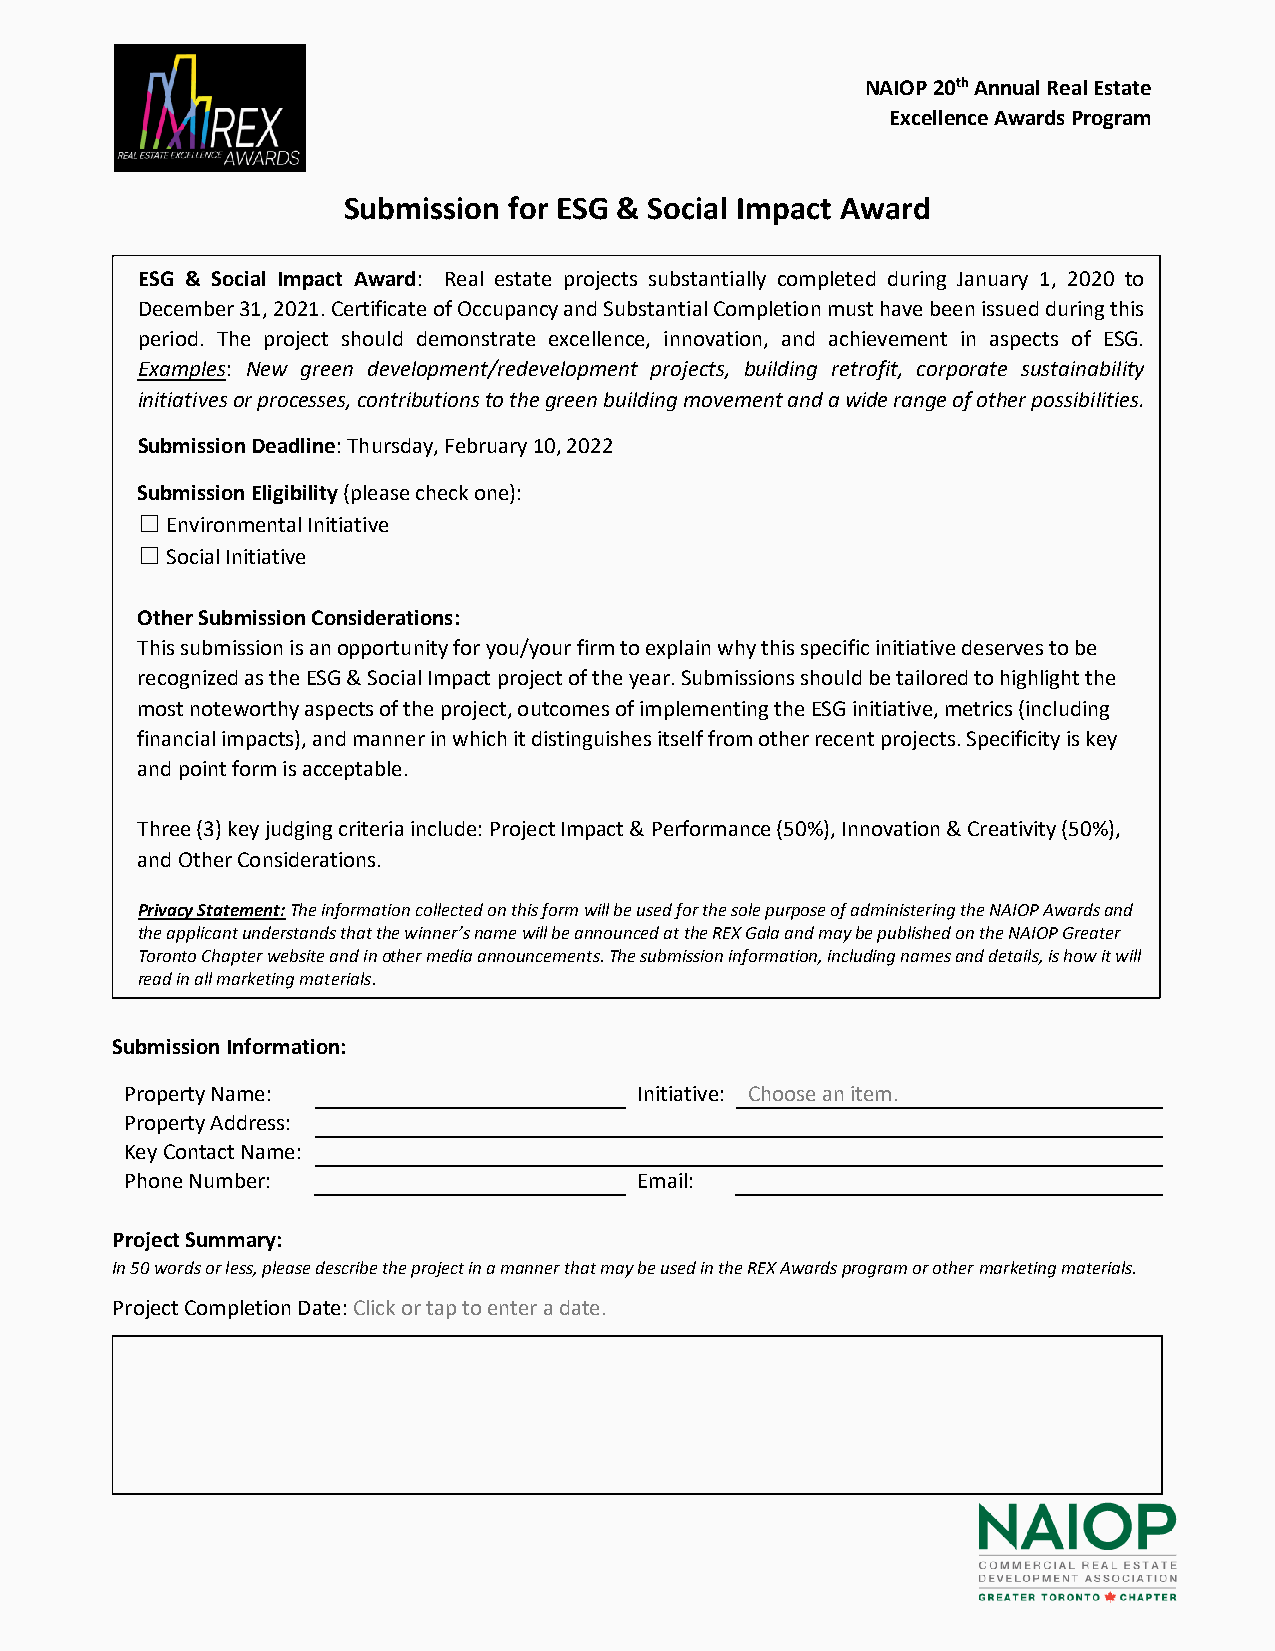
NAIOP 20th Annual Real Estate
 Excellence Awards Program
 Submission for ESG & Social Impact Award
 ESG & Social Impact Award: Real estate projects substantially completed during January 1, 2020 to
 December 31, 2021. Certificate of Occupancy and Substantial Completion must have been issued during this
 period. The project should demonstrate excellence, innovation, and achievement in aspects of ESG.
 Examples: New green development/redevelopment projects, building retrofit, corporate sustainability
 initiatives or processes, contributions to the green building movement and a wide range of other possibilities.
 Submission Deadline: Thursday, February 10, 2022
 Submission Eligibility (please check one):
 ☐ Environmental Initiative
 ☐ Social Initiative
 Other Submission Considerations:
 This submission is an opportunity for you/your firm to explain why this specific initiative deserves to be
 recognized as the ESG & Social Impact project of the year. Submissions should be tailored to highlight the
 most noteworthy aspects of the project, outcomes of implementing the ESG initiative, metrics (including
 financial impacts), and manner in which it distinguishes itself from other recent projects. Specificity is key
 and point form is acceptable.
 Three (3) key judging criteria include: Project Impact & Performance (50%), Innovation & Creativity (50%),
 and Other Considerations.
 Privacy Statement: The information collected on this form will be used for the sole purpose of administering the NAIOP Awards and
 the applicant understands that the winner’s name will be announced at the REX Gala and may be published on the NAIOP Greater
 Toronto Chapter website and in other media announcements. The submission information, including names and details, is how it will
 read in all marketing materials.
 Submission Information:
 Property Name:                    Initiative: Choose an item.
 Property Address:
 Key Contact Name:
 Phone Number:                     Email:
 Project Summary:
 In 50 words or less, please describe the project in a manner that may be used in the REX Awards program or other marketing materials.
 Project Completion Date: Click or tap to enter a date.